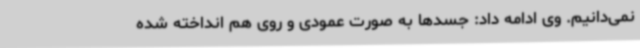
نمی‌دانیم. وی ادامه داد: جسدها به صورت عمودی و روی هم انداخته شده‌